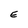
Character: E